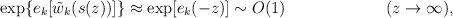
\begin{align*}\exp \{e_k[\tilde{w}_k(s(z))]\}\approx \exp [e_k(-z)]\sim O(1)\hspace{1in}(z\rightarrow\infty),\end{align*}